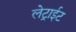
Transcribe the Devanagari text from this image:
लेट्राईट